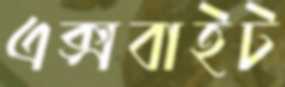
এক্সবাইট